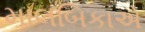
માલબિકાએ